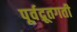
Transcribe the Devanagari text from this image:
पूर्वद्रूतगती